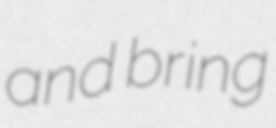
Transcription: and bring